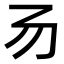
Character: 𠃓